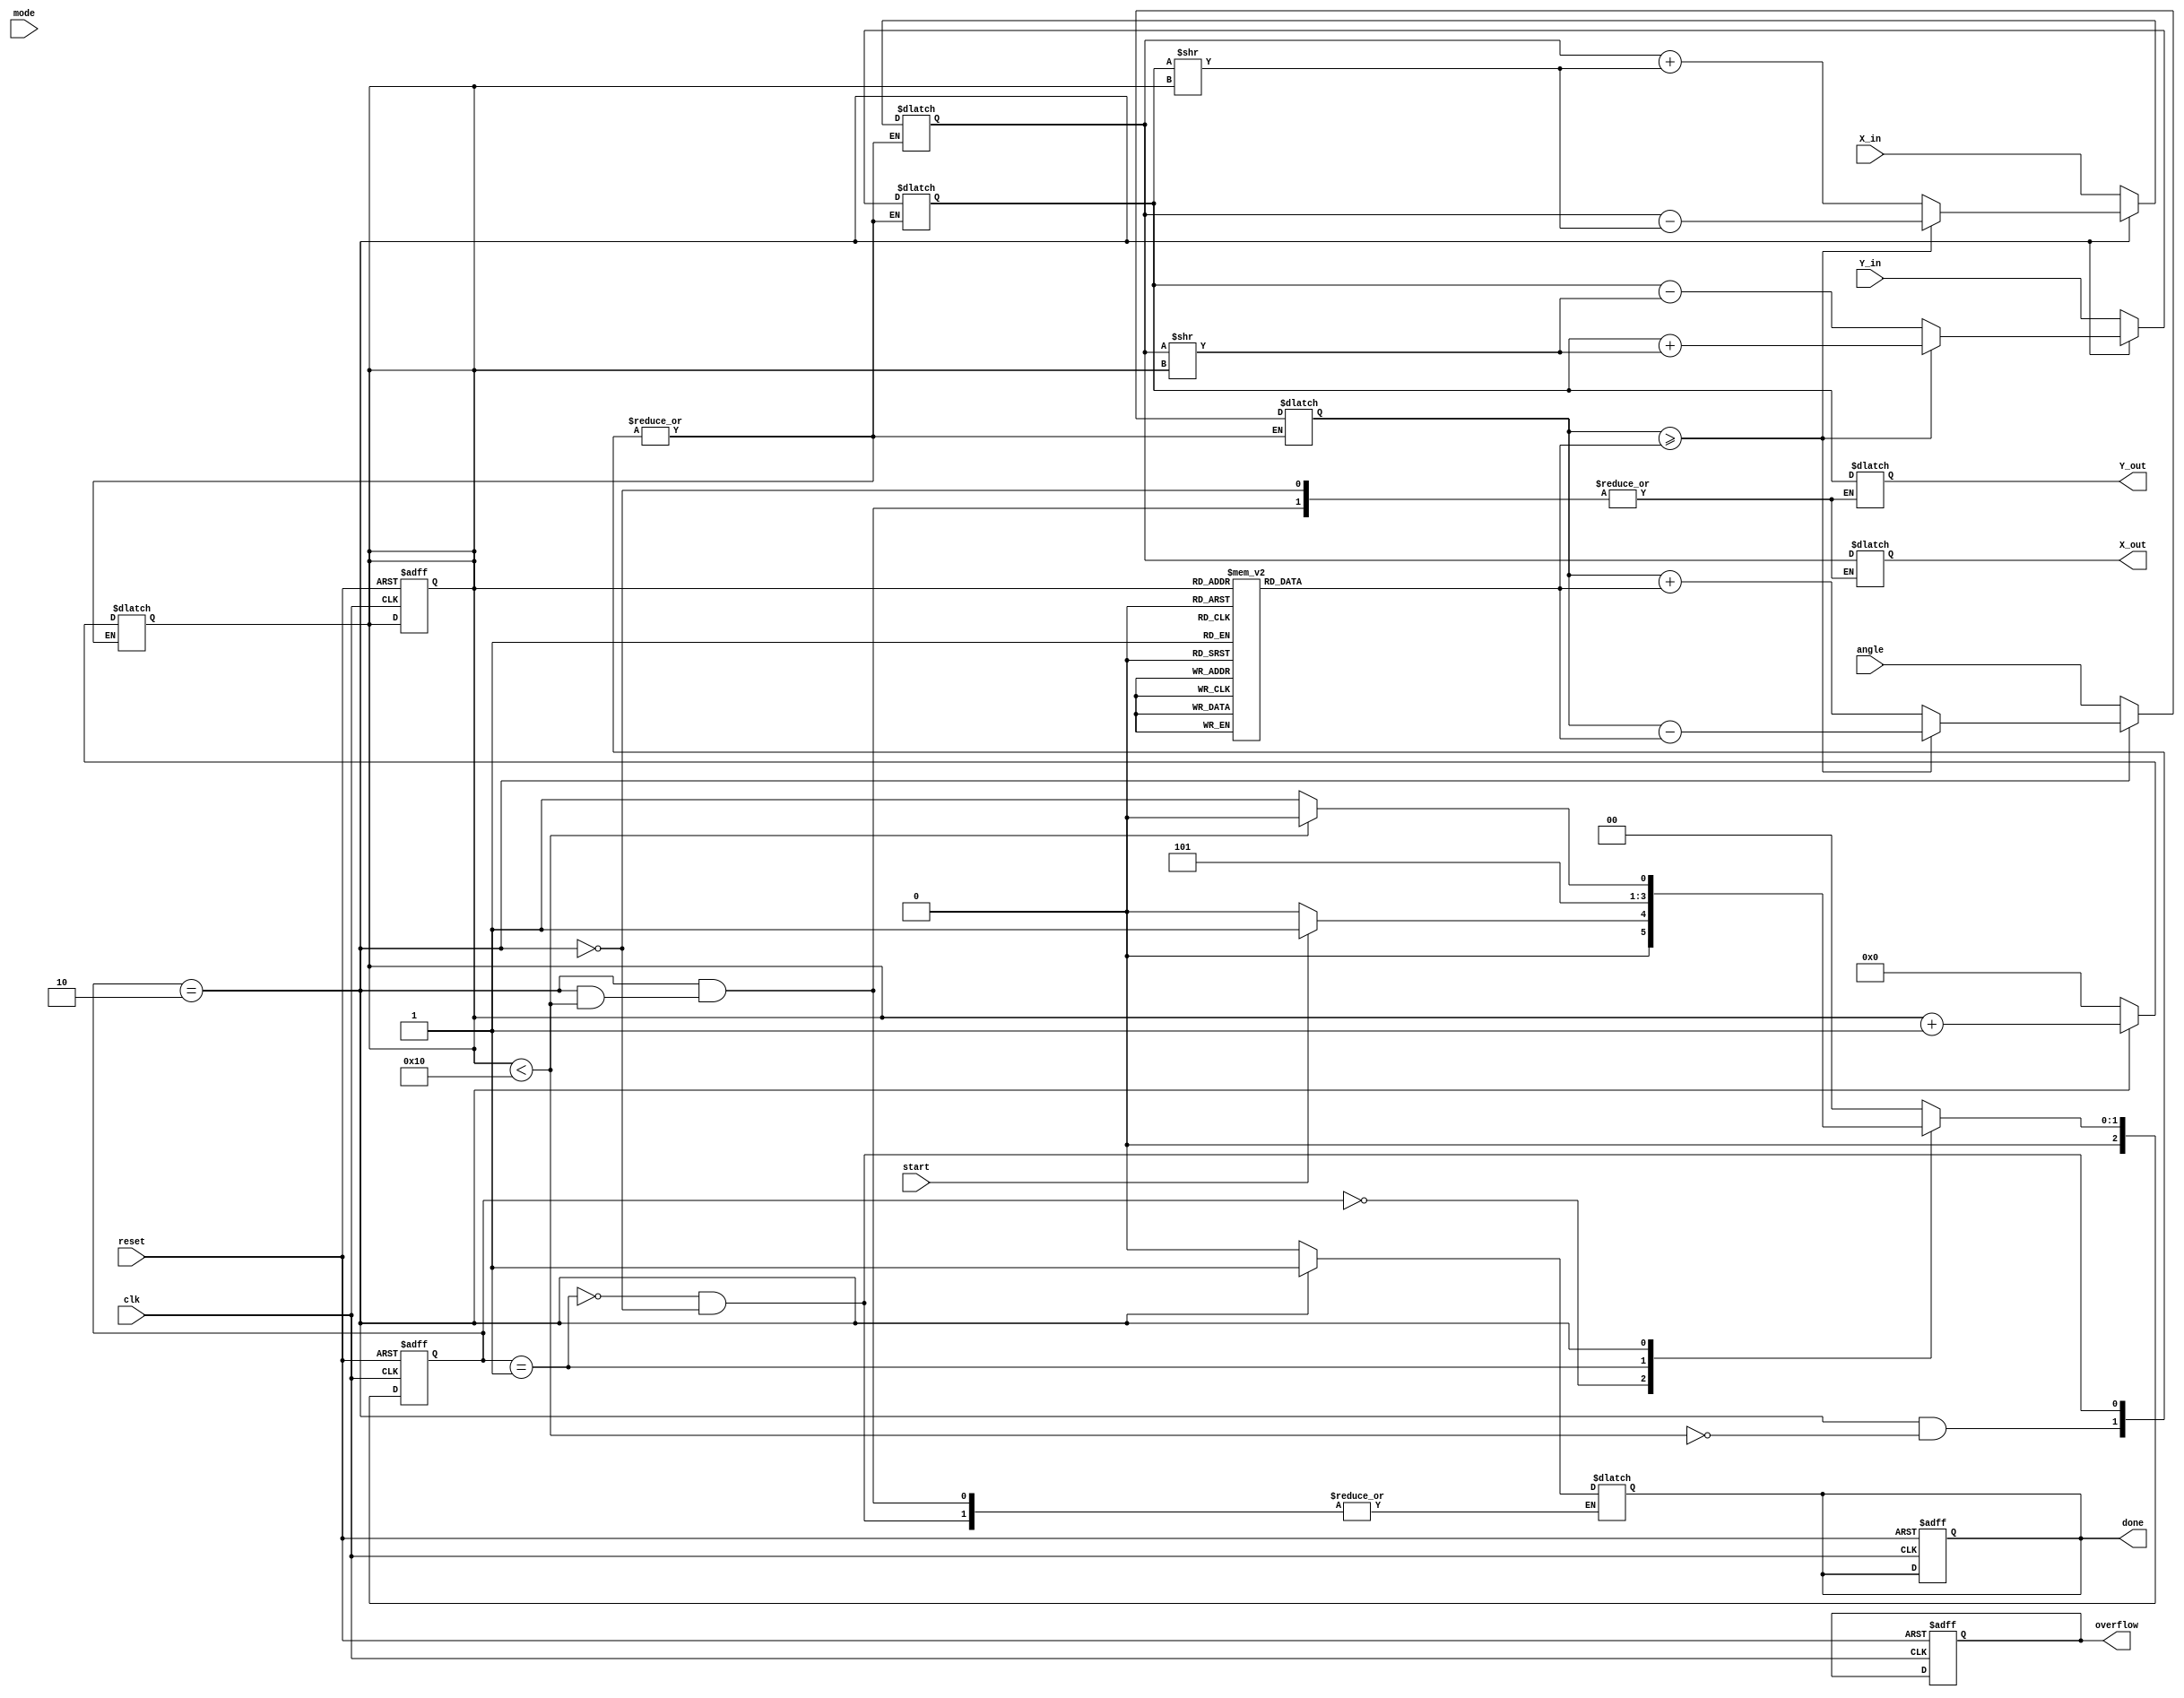
module Adaptive_CORDIC (
    input wire clk,
    input wire reset,
    input wire start,
    input wire [15:0] angle,      // Input angle (fixed-point representation)
    input wire [15:0] X_in,       // Initial X coordinate
    input wire [15:0] Y_in,       // Initial Y coordinate
    input wire mode,              // Control mode (rotation or vectoring)
    output reg [15:0] X_out,      // Resultant X coordinate
    output reg [15:0] Y_out,      // Resultant Y coordinate
    output reg done,              // Completion flag
    output reg overflow           // Overflow flag
);

    // Parameters
    parameter NUM_ITERATIONS = 16; // Number of CORDIC iterations
    parameter ANGLE_LUT_SIZE = 16;  // Size of the angle lookup table

    // Angle lookup table (fixed-point representation)
    reg [15:0] angle_lut [0:ANGLE_LUT_SIZE-1];

    // Internal signals
    reg [15:0] x, y;
    reg [15:0] angle_current;
    reg [3:0] iteration_count;
    reg [2:0] state, next_state;

    // State encoding
    localparam IDLE = 3'b000,
               INIT = 3'b001,
               COMPUTE = 3'b010,
               DONE = 3'b011;

    // Initialize the angle lookup table
    initial begin
        angle_lut[0] = 16'h0000; // 0 rad
        angle_lut[1] = 16'h3C90; // 45 deg
        angle_lut[2] = 16'h3F70; // 26.565 deg
        // ... initialize other angles
    end

    // State machine
    always @(posedge clk or posedge reset) begin
        if (reset) begin
            state <= IDLE;
            done <= 0;
            overflow <= 0;
            iteration_count <= 0;
        end else begin
            state <= next_state;
        end
    end

    // State transition and output logic
    always @(*) begin
        case (state)
            IDLE: begin
                if (start) begin
                    next_state = INIT;
                end else begin
                    next_state = IDLE;
                end
            end

            INIT: begin
                // Initialize values
                x = X_in;
                y = Y_in;
                angle_current = angle;
                iteration_count = 0;
                done = 0;
                next_state = COMPUTE;
            end

            COMPUTE: begin
                if (iteration_count < NUM_ITERATIONS) begin
                    // CORDIC rotation logic
                    if (angle_current >= angle_lut[iteration_count]) begin
                        x <= x - (y >> iteration_count);
                        y <= y + (x >> iteration_count);
                        angle_current <= angle_current - angle_lut[iteration_count];
                    end else begin
                        x <= x + (y >> iteration_count);
                        y <= y - (x >> iteration_count);
                        angle_current <= angle_current + angle_lut[iteration_count];
                    end
                    iteration_count <= iteration_count + 1;
                    next_state = COMPUTE;
                end else begin
                    X_out = x;
                    Y_out = y;
                    done = 1;
                    next_state = DONE;
                end
            end

            DONE: begin
                // Completion state
                next_state = IDLE;
            end

            default: next_state = IDLE;
        endcase
    end

endmodule